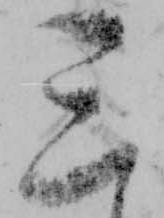
三